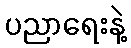
ပညာရေးနဲ့